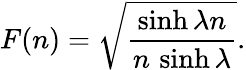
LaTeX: F(n)=\sqrt{\frac{\sinh\lambda n}{n\, \sinh\lambda}}.